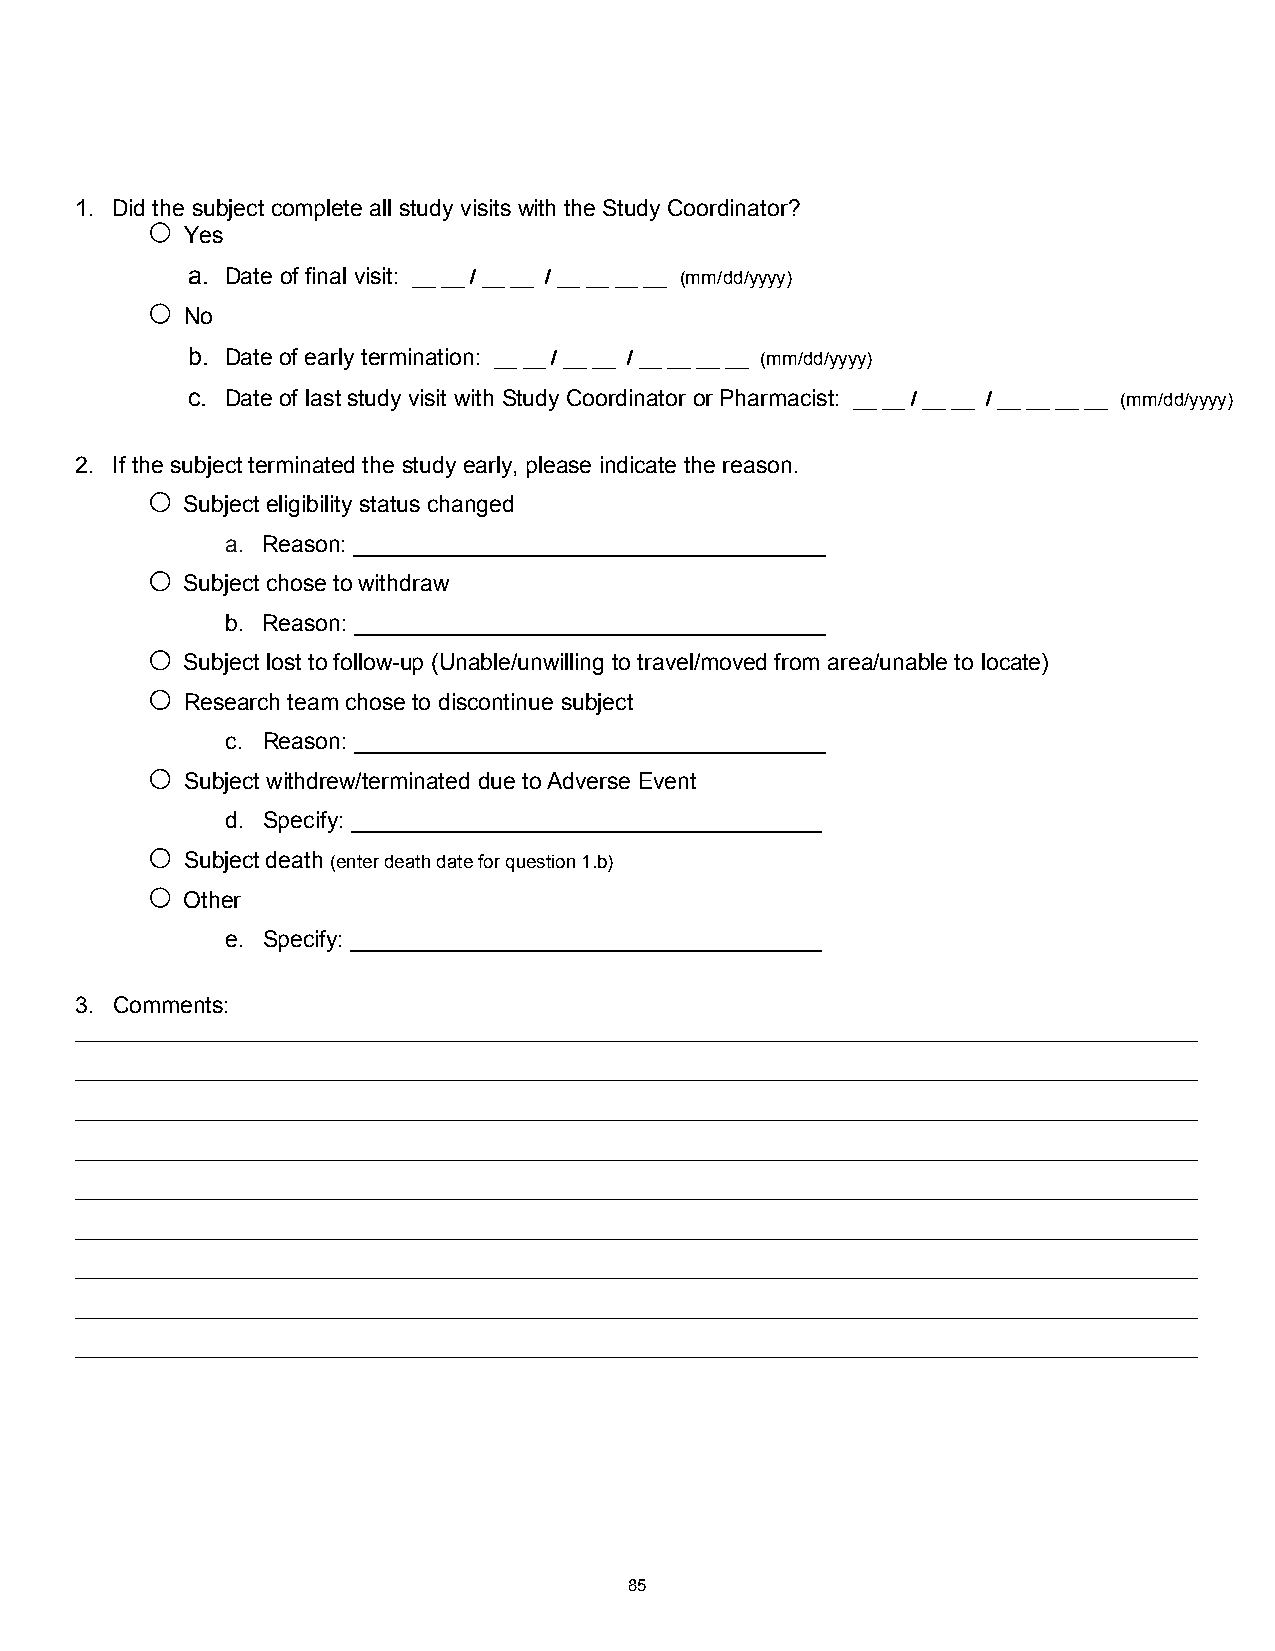
1. Did the subject complete all study visits with the Study Coordinator?
 Yes
 a. Date of final visit: __ __ / __ __ / __ __ __ __ (mm/dd/yyyy)
 No
 b. Date of early termination: __ __ / __ __ / __ __ __ __ (mm/dd/yyyy)
 c. Date of last study visit with Study Coordinator or Pharmacist: __ __ / __ __ / __ __ __ __ (mm/dd/yyyy)
 2. If the subject terminated the study early, please indicate the reason.
 Subject eligibility status changed
 a. Reason: _____________________________________
 Subject chose to withdraw
 b. Reason: _____________________________________
 Subject lost to follow-up (Unable/unwilling to travel/moved from area/unable to locate)
 Research team chose to discontinue subject
 c. Reason: _____________________________________
 Subject withdrew/terminated due to Adverse Event
 d. Specify: _____________________________________
 Subject death (enter death date for question 1.b)
 Other
 e. Specify: _____________________________________
 3. Comments:
 __________________________________________________________________________________________________
 __________________________________________________________________________________________________
 __________________________________________________________________________________________________
 __________________________________________________________________________________________________
 __________________________________________________________________________________________________
 __________________________________________________________________________________________________
 __________________________________________________________________________________________________
 __________________________________________________________________________________________________
 __________________________________________________________________________________________________
 85